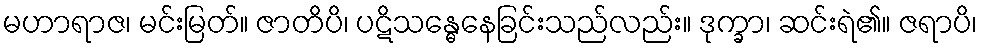
မဟာရာဇ၊ မင်းမြတ်။ ဇာတိပိ၊ ပဋိသန္ဓေနေခြင်းသည်လည်း။ ဒုက္ခာ၊ ဆင်းရဲ၏။ ဇရာပိ၊